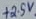
Text: +2.5V